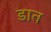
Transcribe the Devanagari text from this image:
डात